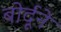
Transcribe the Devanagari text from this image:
बोर्दूने